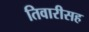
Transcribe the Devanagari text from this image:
तिवारीसह